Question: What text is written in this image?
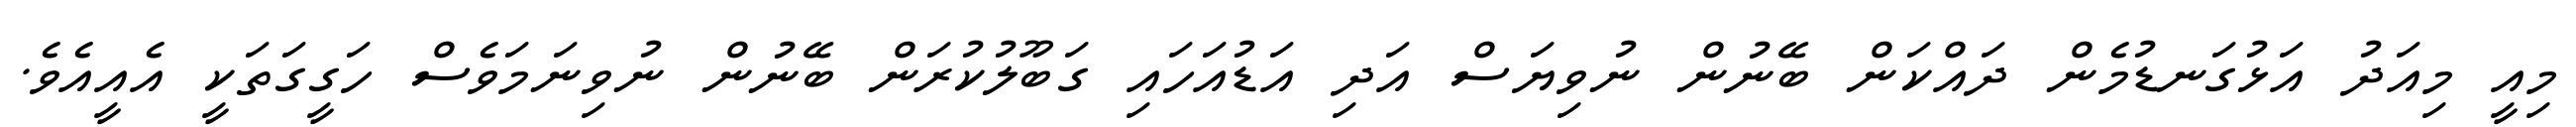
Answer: މިއީ މިއަދު އަޅުގަނޑުމެން ދައްކަން ބޭނުން ނުވިޔަސް އަދި އަޑުއަހައި ގަބޫލުކުރަން ބޭނުން ނުވިނަމަވެސް ހަގީގަތަކީ އެއީއެވެ.